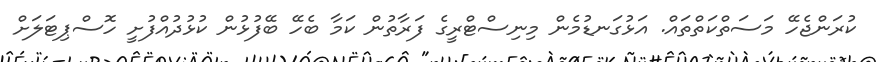
ކުރަންޖެހޭ މަސަތްކަތްތައް. އަޅުގަނޑުމެން މިނިސްޓްރީގެ ފަރާތުން ކަމާ ބެހޭ ބޭފުޅުން ކުޅުދުއްފުށީ ހޮސްޕިޓަލަށް